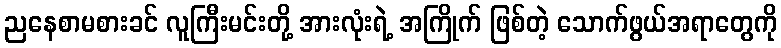
ညနေစာမစားခင် လူကြီးမင်းတို့ အားလုံးရဲ့ အကြိုက် ဖြစ်တဲ့ သောက်ဖွယ်အရာတွေကို